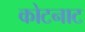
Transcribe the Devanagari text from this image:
कोटनाट